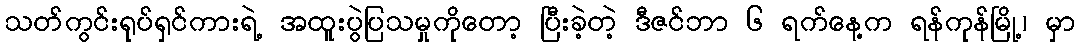
သတ်ကွင်းရုပ်ရှင်ကားရဲ့ အထူးပွဲပြသမှုကိုတော့ ပြီးခဲ့တဲ့ ဒီဇင်ဘာ ၆ ရက်နေ့က ရန်ကုန်မြို့၊ မှာ